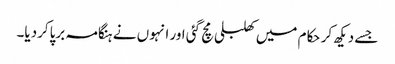
جسے دیکھ کر حکام میں کھلبلی مچ گئی اور انہوں نے ہنگامہ برپاکردیا۔